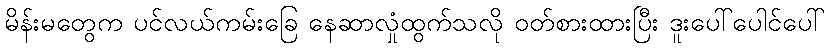
မိန်းမတွေက ပင်လယ်ကမ်းခြေ နေဆာလှုံထွက်သလို ဝတ်စားထားပြီး ဒူးပေါ်ပေါင်ပေါ်